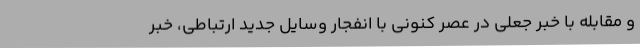
و مقابله با خبر جعلی در عصر کنونی با انفجار وسایل جدید ارتباطی، خبر